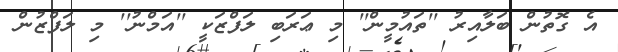
އެ ގޮތުން ބަލާއިރު ''ތައުމީން'' މި ޢަރަބި ލަފްޒަކީ ''އަމްނު'' މި ލަފްޒުން